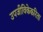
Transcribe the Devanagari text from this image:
उपजीविकेकरिता